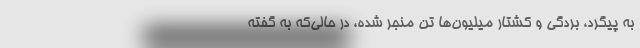
به پیگرد، بردگی و کشتار میلیون‌ها تن منجر شده، در حالی‌که به گفته